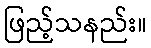
ဖြည့်သနည်း။